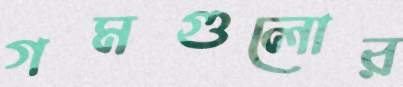
গমগুলোর